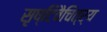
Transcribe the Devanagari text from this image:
सृष्टिवैचित्र्य